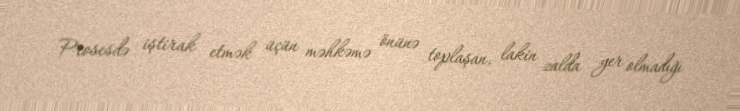
Prosesdə iştirak etmək üçün məhkəmə önünə toplaşan, lakin zalda yer olmadığı